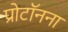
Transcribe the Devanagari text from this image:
प्रोटॉनना